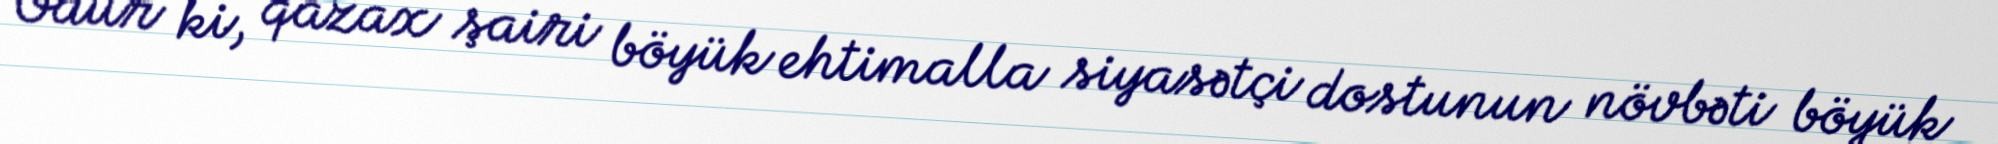
Odur ki, qazax şairi böyük ehtimalla siyasətçi dostunun növbəti böyük